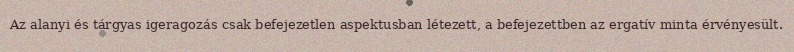
Az alanyi és tárgyas igeragozás csak befejezetlen aspektusban létezett, a befejezettben az ergatív minta érvényesült.